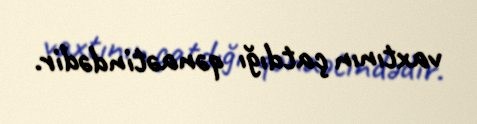
vaxtının çatdığı qənaətindədir.